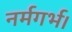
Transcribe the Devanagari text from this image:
नर्मगर्भ।